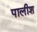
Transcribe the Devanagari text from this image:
पालीश